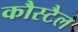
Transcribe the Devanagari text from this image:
कौस्टैल